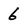
Character: 6